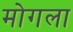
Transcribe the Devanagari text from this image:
मोगला